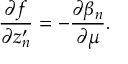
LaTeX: \frac { \partial f } { \partial z _ { n } ^ { \prime } } = - \frac { \partial \beta _ { n } } { \partial \mu } .